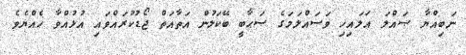
ނަބިއްޔާ ޞައްލަ ޢަލައިހި ވަސައްލަމަގެ ސަޙާބީ ބޭކަލުން އަތާއަތް ޖޯޑުކުރައްވައި އުޅުއްވާ ހެއްޔެވެ